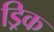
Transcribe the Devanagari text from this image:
ड्रिक